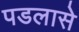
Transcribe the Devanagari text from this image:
पडलासे